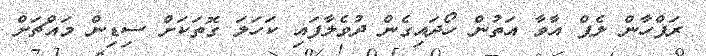
ރަފްހާން ލެޕް އާވާ އަތުން ހޯދައިގެން ދުވެލާފައި ކަހަލަ ގޮތަކަށް ސިޑިން މައްޗަށް